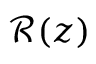
\mathcal { R } ( z )